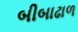
બીબાઢાળ